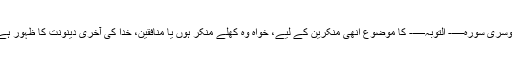
دوسری سورہ—- التوبہ—- کا موضوع اِنھی منکرین کے لیے، خواہ وہ کھلے منکر ہوں یا منافقین، خدا کی آخری دینونت کا ظہور ہے۔